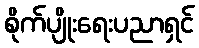
စိုက်ပျိုးရေးပညာရှင်